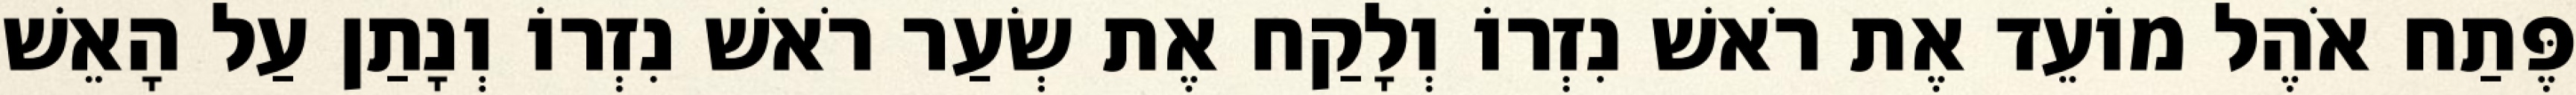
פֶּתַח אֹהֶל מוֹעֵד אֶת רֹאשׁ נִזְרוֹ וְלָקַח אֶת שְׂעַר רֹאשׁ נִזְרוֹ וְנָתַן עַל הָאֵשׁ